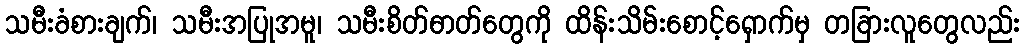
သမီးခံစားချက်၊ သမီးအပြုအမူ၊ သမီးစိတ်ဓာတ်တွေကို ထိန်းသိမ်းစောင့်ရှောက်မှ တခြားလူတွေလည်း